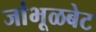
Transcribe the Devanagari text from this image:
जांभूळबेट